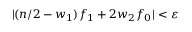
| ( n / 2 - w _ { 1 } ) f _ { 1 } + 2 w _ { 2 } f _ { 0 } | < \varepsilon